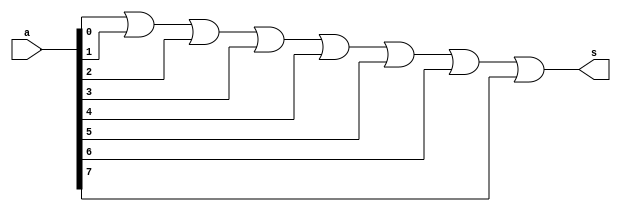
// ------------------------- 
// Exemplo0017 - or 
// Nome: Rafael Santos Moura
// ------------------------- 

// --------------------- 
// -- or gate 
// --------------------- 
	module batata (output s, input [7:0] a); 
	or OR1 (s, a[0], a[1], a[2], a[3], a[4], a[5], a[6], a[7]);	
	endmodule // or

// --------------------- 
// -- test batata 
// --------------------- 

	module test; 

// ------------------------- dados locais 
	reg [7:0]a;
	wire s;
	batata BAT (s, a);

	

// ------------------------- preparacao 
	initial begin:start 
	a = 8'b11111111;

 
end
// ------------------------- parte principal 
	initial begin:main 
	$display("Exemplo0017 - Rafael Santos Moura - 441705"); 
	$display("Questo 12 - OR"); 
	#1	a = 8'b11111111;
	#1 $display("%8b = %b", a, s);
end


endmodule // testbatata